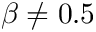
\beta \neq 0 . 5